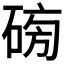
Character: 𥓯